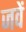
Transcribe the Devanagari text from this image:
जवें